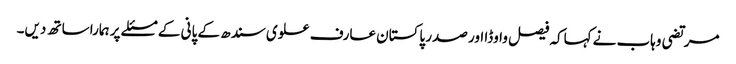
مرتضی وہاب نے کہاکہ فیصل واوڈا اور صدر پاکستان عارف علوی سندھ کے پانی کے مسئلے پر ہمارا ساتھ دیں۔